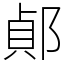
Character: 𨜓